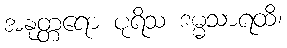
အနုတ္တရော ပုရိသ ဒမ္မသာရထိ၊